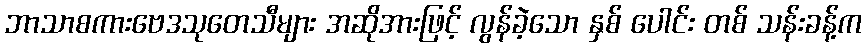
ဘာသာစကားဗေဒသုတေသီများ အဆိုအားဖြင့် လွန်ခဲ့သော နှစ် ပေါင်း တစ် သန်းခန့်က